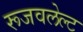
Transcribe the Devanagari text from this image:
रूजवलेल्ट